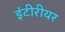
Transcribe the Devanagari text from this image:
इंटीरीयर